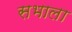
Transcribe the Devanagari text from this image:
सभाला